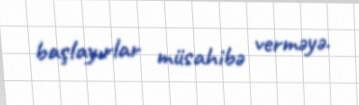
başlayırlar müsahibə verməyə.